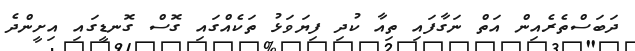
ދަބަސްތެރެއިން އަތް ނަގާފައި ތިއާ ކުދި ފިޔަވަޅު ތަކެއްގައި ގޮސް ގޮނޑީގައި އިށީންދެ